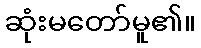
ဆုံးမတော်မူ၏။